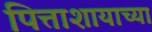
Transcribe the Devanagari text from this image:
पित्ताशायाच्या